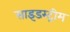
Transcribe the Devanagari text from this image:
साइडस्ट्रीम